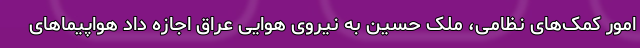
امور کمک‌های نظامی، ملک حسین به نیروی هوایی عراق اجازه داد هواپیماهای